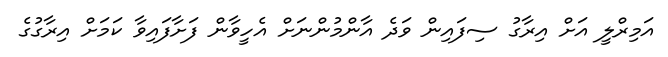
އަމިރްލީ އަށް އިރާގު ސިފައިން ވަދެ އާންމުންނަށް އެހީވާން ފަށާފައިވާ ކަމަށް އިރާގުގެ